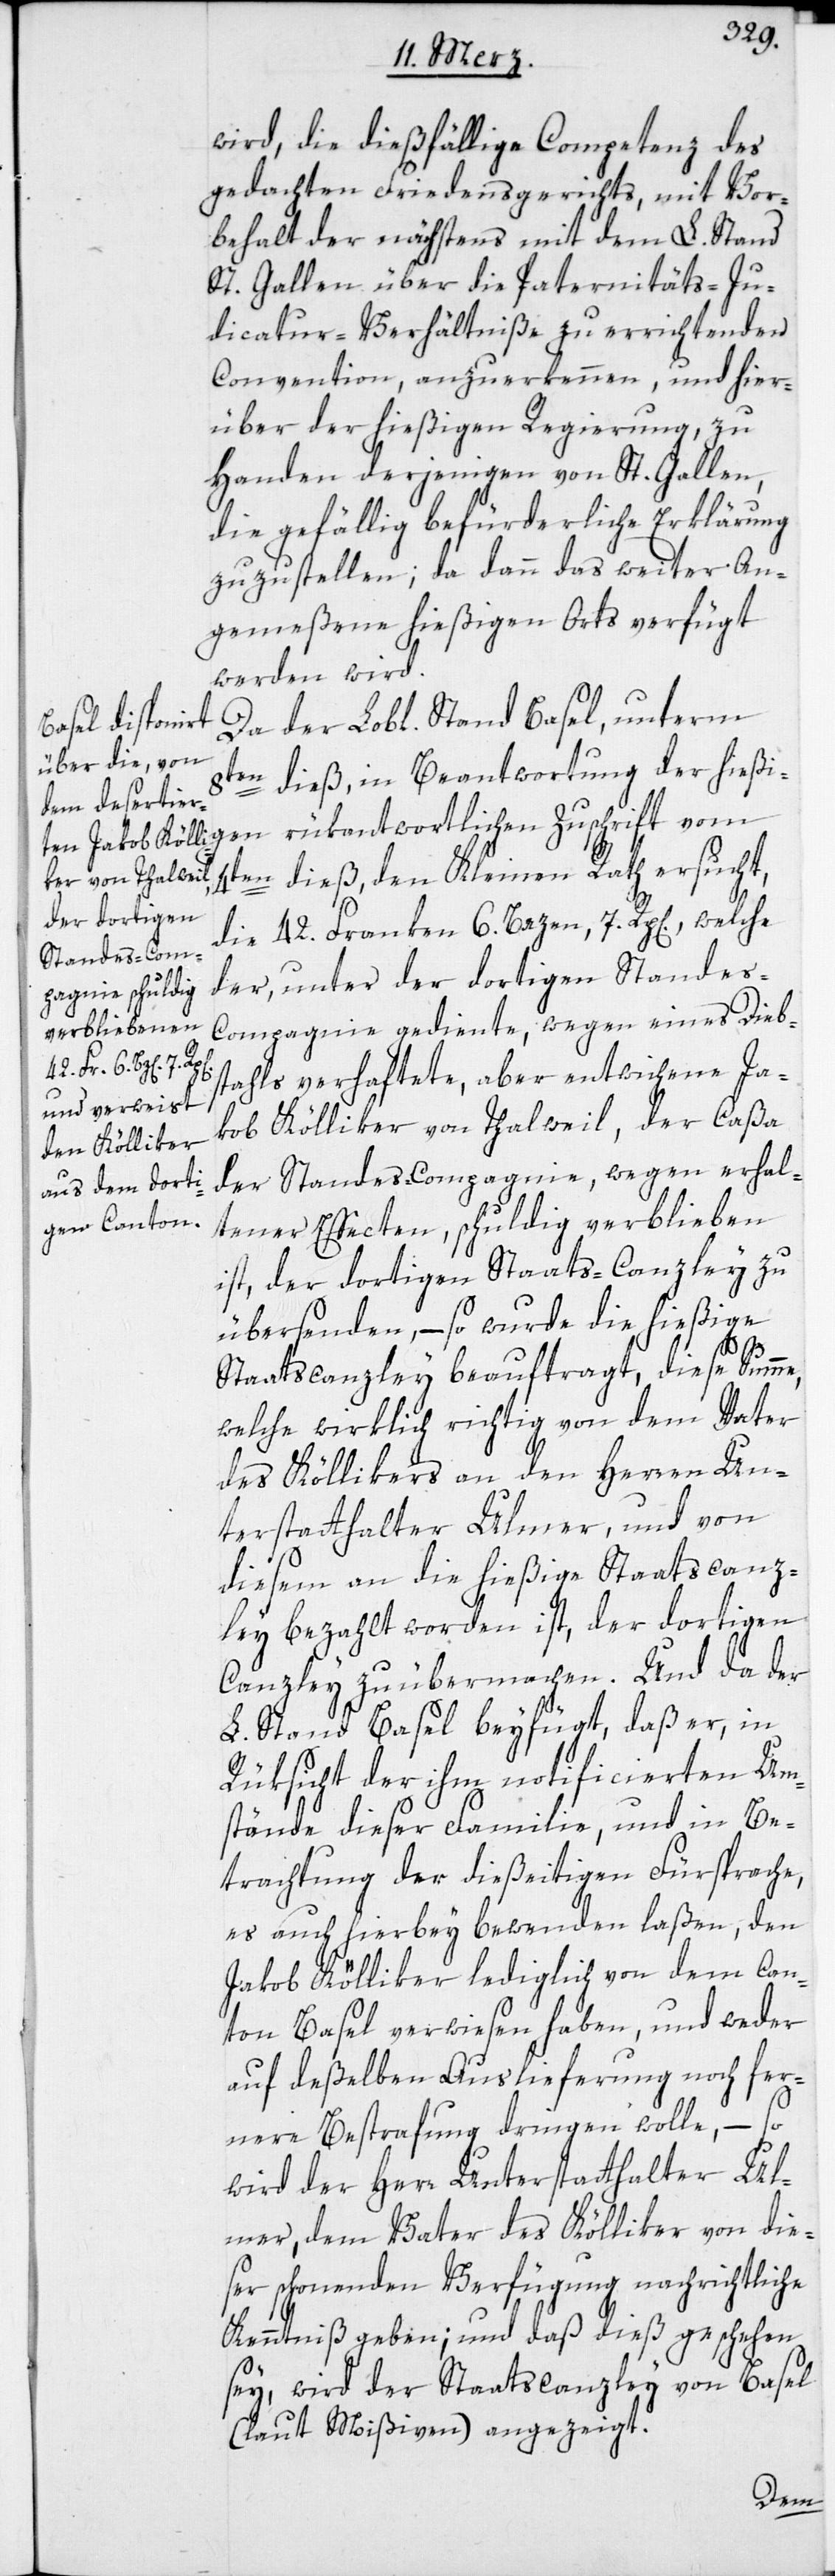
wird, die dießfällige Competenz des
gedachten Friedensgerichts, mit Vor¬
behalt der nächstens mit dem L. Stand
St. Gallen über die Paternitäts-Ju¬
dicatur-Verhältniße zu errichtenden
Convention, anzuerkennen, und hier¬
über der hießigen Regierung, zu
Handen derjenigen von St. Gallen,
die gefällig befürderliche Erklärung
zuzustellen; da dann das weiter An¬
gemeßene hießigen Orts verfügt
werden wird.
Da der Lobl. Stand Basel, unterm
8ten dieß, in Beantwortung der hießig¬
4ten dieß, den Kleinen Rath ersucht,
die 42. Franken 6. Bazen, 7. Rp[en]., welche
der, unter der dortigen Stande¬
s-Compagnie gediente, wegen eines Dieb¬
en rükantwortlich¬
stahls verhaftete, aber entwichene Ja¬
kob Kölliker von Thalweil, der Caßa
der Standes-Compagnie, wegen erhal¬
tener Effecten, schuldig verblieben
ist, der dortigen Staats-Canzley zu
übersenden, – so wurde die hießige
Staatscanzley beauftragt, diese Summe,
welche wirklich richtig von dem Vater
des Köllikers an den Herren Un¬
terstatthalter Ulmer, und von
diesem an die hießige Staatscanz¬
ley bezahlt worden ist, der dortigen
Canzley zu übermachen. Und da der
L. Stand Basel beyfügt, daß er, in
Rüksicht der ihm notificierten Um¬
stände dieser Familie, und in Be¬
trachtung der dießeitigen Fürsprache,
es auch hierbey bewenden laßen, den
Jakob Kölliker lediglich von dem Can¬
ton Basel verwiesen haben, und weder
auf deßelben Auslieferung noch fer¬
nere Bestrafung dringen wolle, – so
wird der Herr Unterstatthalter Ul¬
mer, dem Vater des Kölliker von die¬
ser schonenden Verfügung nachrichtliche
Kenntniß geben; und daß dieß geschehen
sey, wird der Staatscanzley von Basel
(laut Mißiven) angezeigt.
en